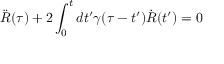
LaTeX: \ddot { R } ( \tau ) + 2 \int _ { 0 } ^ { t } { d t ^ { \prime } } \gamma ( \tau - t ^ { \prime } ) \dot { R } ( t ^ { \prime } ) = 0